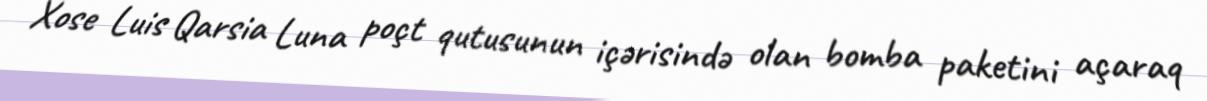
Xose Luis Qarsia Luna poçt qutusunun içərisində olan bomba paketini açaraq